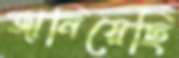
জানিয়েছি